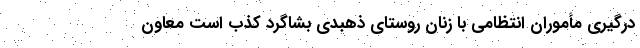
درگیری مأموران انتظامی با زنان روستای ذهبدی بشاگرد کذب است معاون